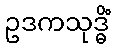
ဥဒကသုဒ္ဓိံ